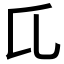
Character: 𬼗